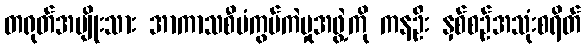
တရုတ်အမျိုးသား အာကာသစီမံကွပ်ကဲမှုအဖွဲ့ကို ကနဦး နှစ်စဉ်အသုံးစရိတ်